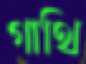
গাথি